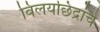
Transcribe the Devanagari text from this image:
विलयछिद्रांचे